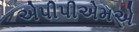
એપીપીએમએ